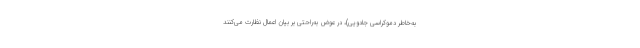
به‌خاطر دموکراسی جادویی)، در عوض به‌راحتی بر بیان اعمال نظارت می‌کنند